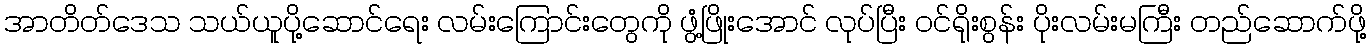
အာတိတ်ဒေသ သယ်ယူပို့ဆောင်ရေး လမ်းကြောင်းတွေကို ဖွံ့ဖြိုးအောင် လုပ်ပြီး ဝင်ရိုးစွန်း ပိုးလမ်းမကြီး တည်ဆောက်ဖို့